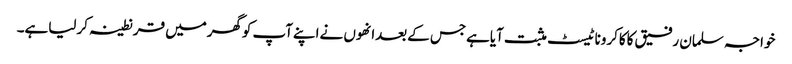
خواجہ سلمان رفیق کاکاکروناٹیسٹ مثبت آیاہےجس کےبعدانھوں نےاپنےآپ کوگھرمیں قرنطینہ کرلیاہے۔